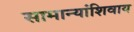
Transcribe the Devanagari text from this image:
सामान्यांशिवाय